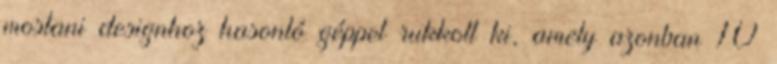
mostani designhoz hasonló géppel rukkolt ki, amely azonban 10